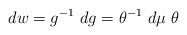
\begin{align*}dw = g^{-1} ~dg = \theta ^{-1} ~d \mu ~\theta\end{align*}